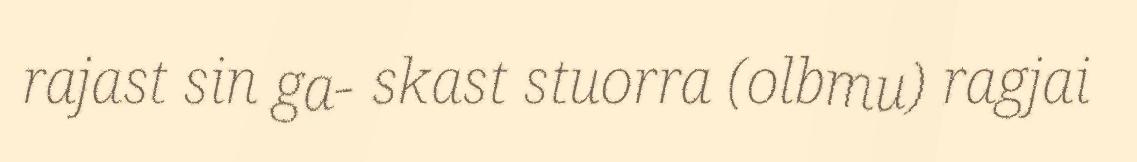
rajast sin ga- skast stuorra (olbmu) ragjai